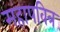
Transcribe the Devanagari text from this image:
महापवित्र